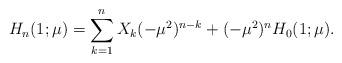
LaTeX: \begin{align*}H_n(1;\mu)=\sum_{k=1}^nX_k(-\mu^2)^{n-k}+(-\mu^2)^nH_0(1;\mu).\end{align*}